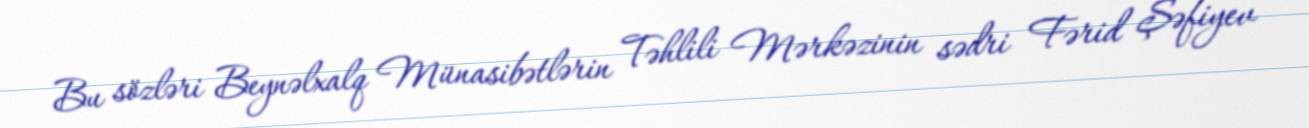
Bu sözləri Beynəlxalq Münasibətlərin Təhlili Mərkəzinin sədri Fərid Şəfiyev